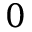
0